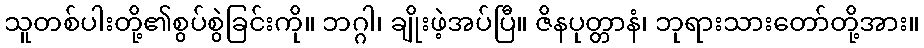
သူတစ်ပါးတို့၏စွပ်စွဲခြင်းကို။ ဘဂ္ဂါ၊ ချိုးဖဲ့အပ်ပြီ။ ဇိနပုတ္တာနံ၊ ဘုရားသားတော်တို့အား။